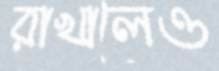
রাখালেও